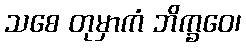
သစေ တုမှာကံ ဘိက္ခဝေ၊